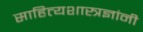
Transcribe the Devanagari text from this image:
साहित्यशास्त्रज्ञांनी